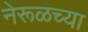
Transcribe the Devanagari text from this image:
नेरूळच्या